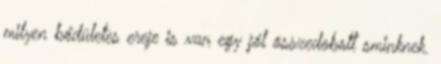
milyen bődületes ereje is van egy jól összedobott sminknek.